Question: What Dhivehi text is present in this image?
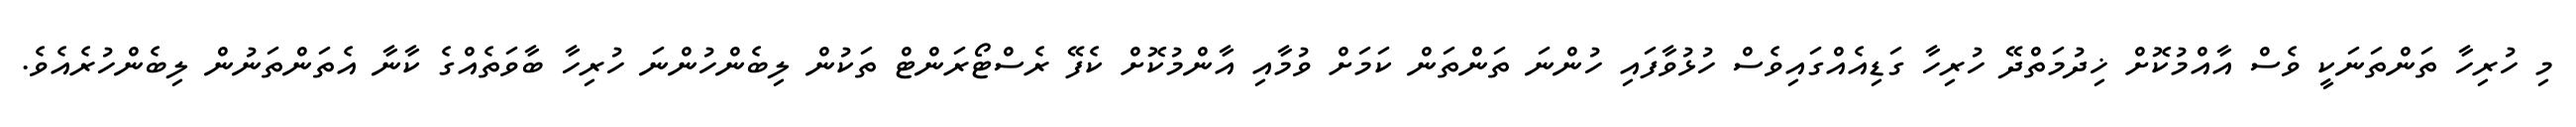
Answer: މި ހުރިހާ ތަންތަނަކީ ވެސް އާއްމުކޮށް ޚިދުމަތްދޭ ހުރިހާ ގަޑިއެއްގައިވެސް ހުޅުވާފައި ހުންނަ ތަންތަން ކަމަށް ވުމާއި އާންމުކޮށް ކެފޭ ރެސްޓޯރަންޓް ތަކުން ލިބެންހުންނަ ހުރިހާ ބާވަތެއްގެ ކާނާ އެތަންތަނުން ލިބެންހުރެއެވެ.